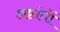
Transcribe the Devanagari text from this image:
अष्टांगों